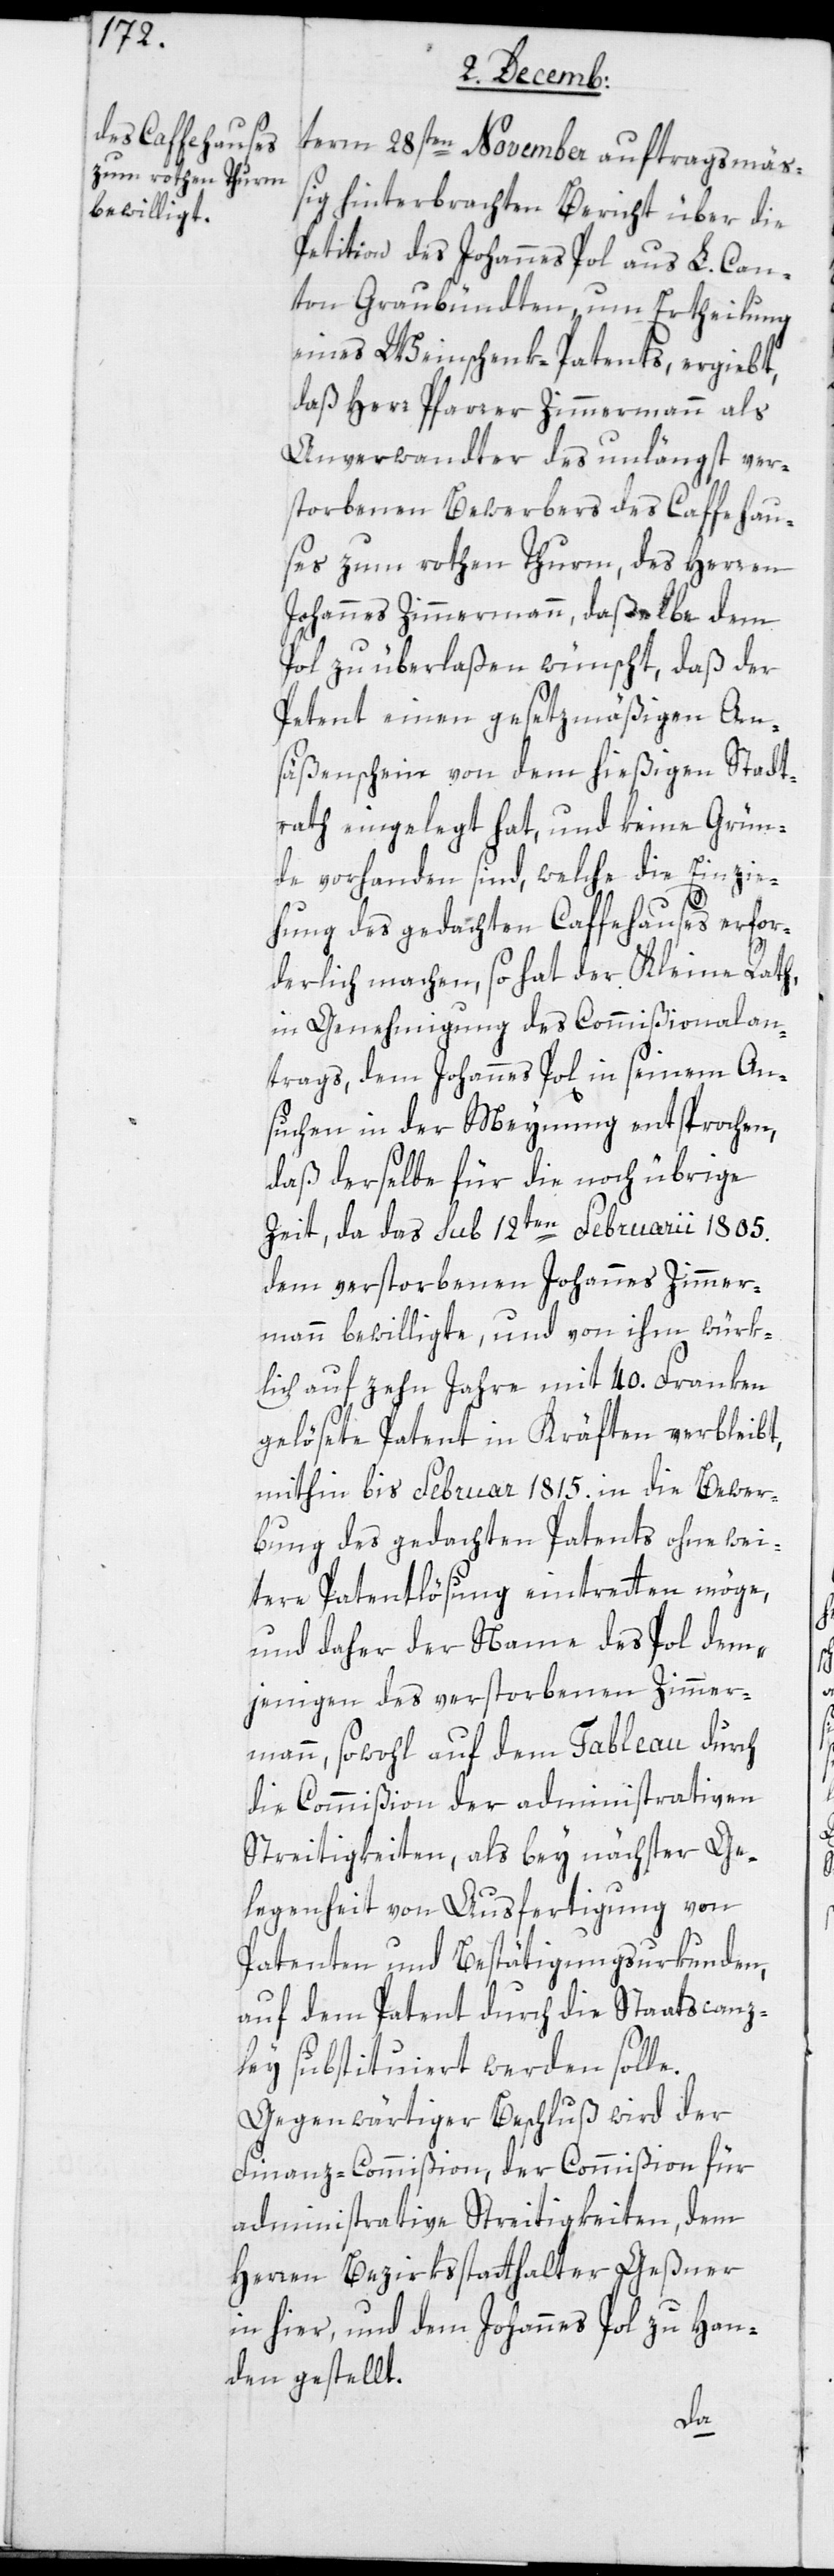
term 28sten November auftragsmä¬
ßig hinterbrachten Bericht über die
Petition des Johannes Pol aus L. Can¬
ton Graubündten um Ertheilung
eines Weinschenk-Patents, ergiebt,
daß Herr Pfarrer Zimmermann als
Anverwandter des unlängst ver¬
storbenen Bewerbers des Caffehau¬
ses zum Rothen Turm, des Herren
Johannes Zimmermann, daßelbe dem
Pol zu überlaßen wünscht, daß der
Petent einen gesetzmäßigen An¬
säßenschein von dem hießigen Stadt¬
rath eingelegt hat, und keine Grün¬
de vorhanden sind, welche die Einzie¬
hung des gedachten Caffehauses erfor¬
derlich machen, so hat der Kleine Rath,
in Genehmigung des Commißionalan¬
trags, dem Johannes Pol in seinem An¬
suchen in der Meynung entsprochen,
daß derselbe für die noch übrige
Zeit, da das sub 12ten Februarii 1805.
dem verstorbenen Johannes Zimmer¬
mann bewilligte, und von ihm würk¬
lich auf zehn Jahre mit 40. Franken
gelösete Patent in Kräften verbleibt,
mithin bis Februar 1815. in die Bewer¬
bung des gedachten Patents ohne wei¬
tere Patentlösung eintreten möge,
und daher der Name des Pol dem¬
jenigen des verstorbenen Zimmer¬
mann, sowohl auf dem Tableau durch
die Commißion der administrativen
Streitigkeiten, als bey nächster Ge¬
legenheit von Ausfertigung von
Patenten und Bestätigungsurkunden,
auf dem Patent durch die Staatscanz¬
ley substituiert werden solle.
Gegenwärtiger Beschluß wird der
Finanz-Commißion, der Commißion für
administrative Streitigkeiten, dem
Herren Bezirksstatthalter Geßner
in hier, und dem Johannes Pol zu Han¬
den gestellt.